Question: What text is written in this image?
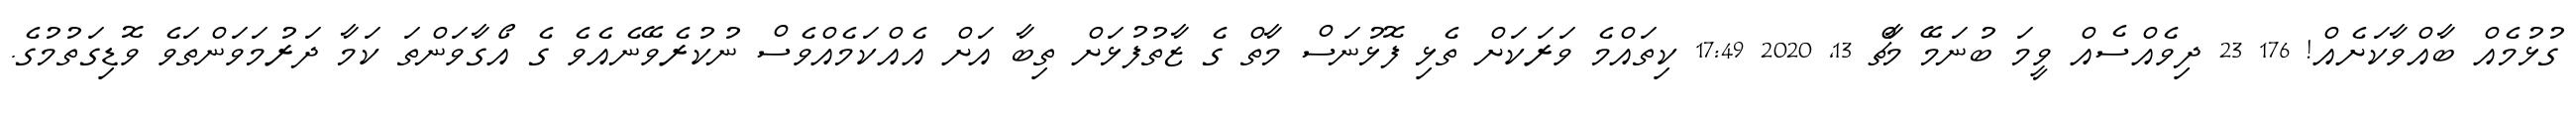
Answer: ގުޅުމެއް ބާއްވާކަށެއް! 176 23 ދިވެއްސެއް ވީމަ ބުނަމޭ މާޗް 13, 2020 17:49 ކިތައްމެ ވަރަކަށް ތެޅި ފޮޅުނަސް މާތް ގެ ޒާތުފުޅަށް ތިބާ އަށް އެއްކަމެއްވެސް ނުކުރެވޭނެއެވެ ގެ އޯގާވަންތަ ކަމާ ދަރުމަވަންތަވެ ވޮޑިގަތުމުގެ.